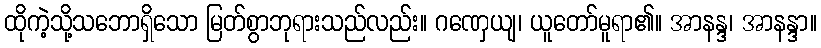
ထိုကဲ့သို့သဘောရှိသော မြတ်စွာဘုရားသည်လည်း။ ဂဏှေယျ၊ ယူတော်မူရာ၏။ အာနန္ဒ၊ အာနန္ဒာ။